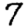
Digit: 7